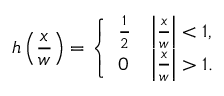
h \left( { \frac { x } { w } } \right) = { \left\{ \begin{array} { l l } { { \frac { 1 } { 2 } } } & { \left| { \frac { x } { w } } \right| < 1 , } \\ { 0 } & { \left| { \frac { x } { w } } \right| > 1 . } \end{array} \right. }